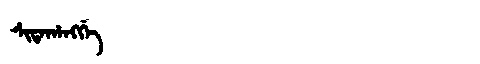
Manchu: ᠰᡳᡨᠠᡥᠠᠩᡤᡝ
Romanization: SITAHANGGE